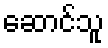
ဆောင်သူ